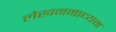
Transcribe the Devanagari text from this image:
लेखनमाध्यम